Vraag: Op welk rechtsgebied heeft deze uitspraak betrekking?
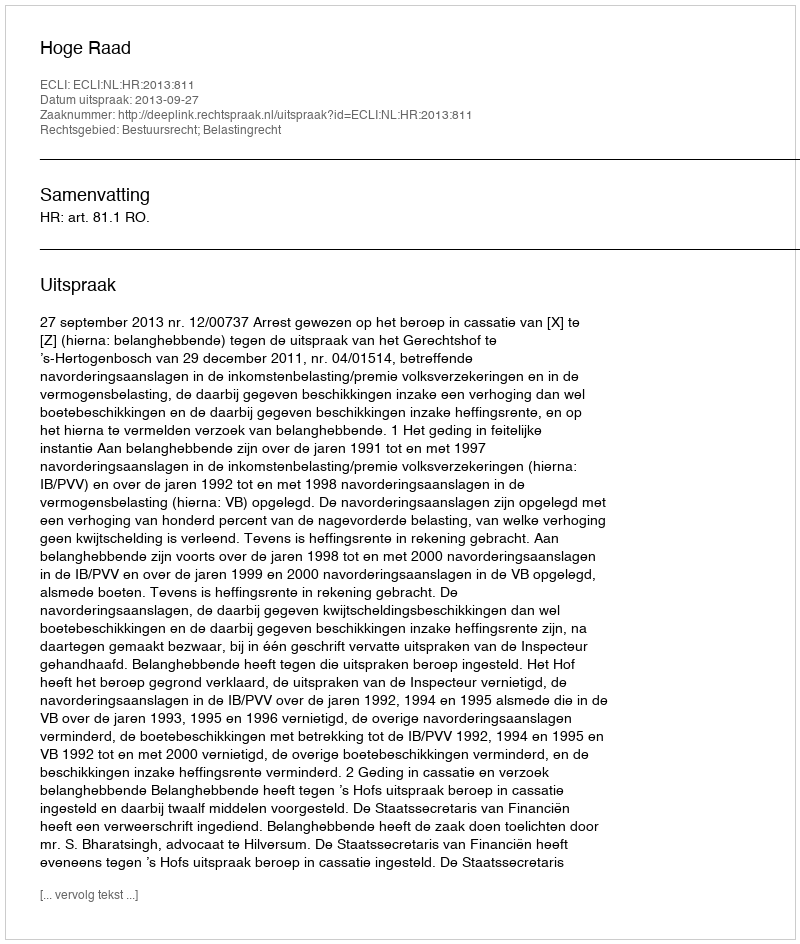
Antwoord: Bestuursrecht; Belastingrecht